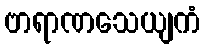
ဗာရာဏသေယျကံ